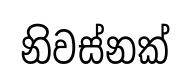
නිවස්නක්